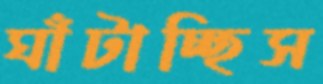
ঘাঁটাচ্ছিস